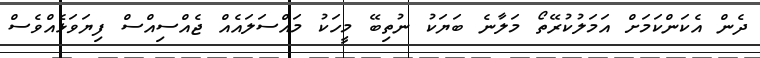
ދެން އެކަންކަމަށް އަމަލުކުރޭތޯ މަލާނެ ބަޔަކު ނުތިބޭ މީހަކު މައްސަލައެއް ޖެއްސިއްސް ފިޔަވަޅެއްވެސް